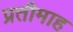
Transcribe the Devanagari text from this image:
प्रतीमाह